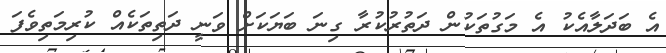
އެ ބަދަލާއެކު އެ މަގުތަކުން ދަތުރުކުރާ ގިނަ ބަޔަކަށް ވަނީ ދަތިތަކެއް ކުރިމަތިވެފަ